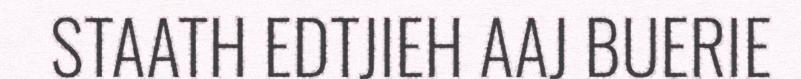
STAATH EDTJIEH AAJ BUERIE